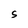
Character: S